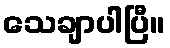
သေချာပါပြီ။